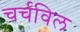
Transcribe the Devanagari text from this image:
चर्चविल